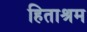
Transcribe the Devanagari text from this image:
हिताश्रम